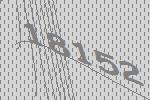
18152